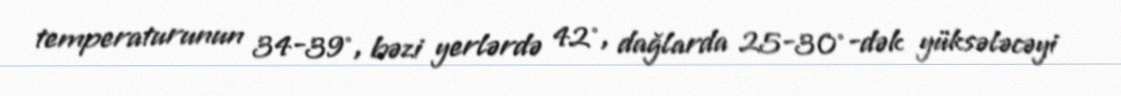
temperaturunun 34-39°, bəzi yerlərdə 42°, dağlarda 25-30°-dək yüksələcəyi